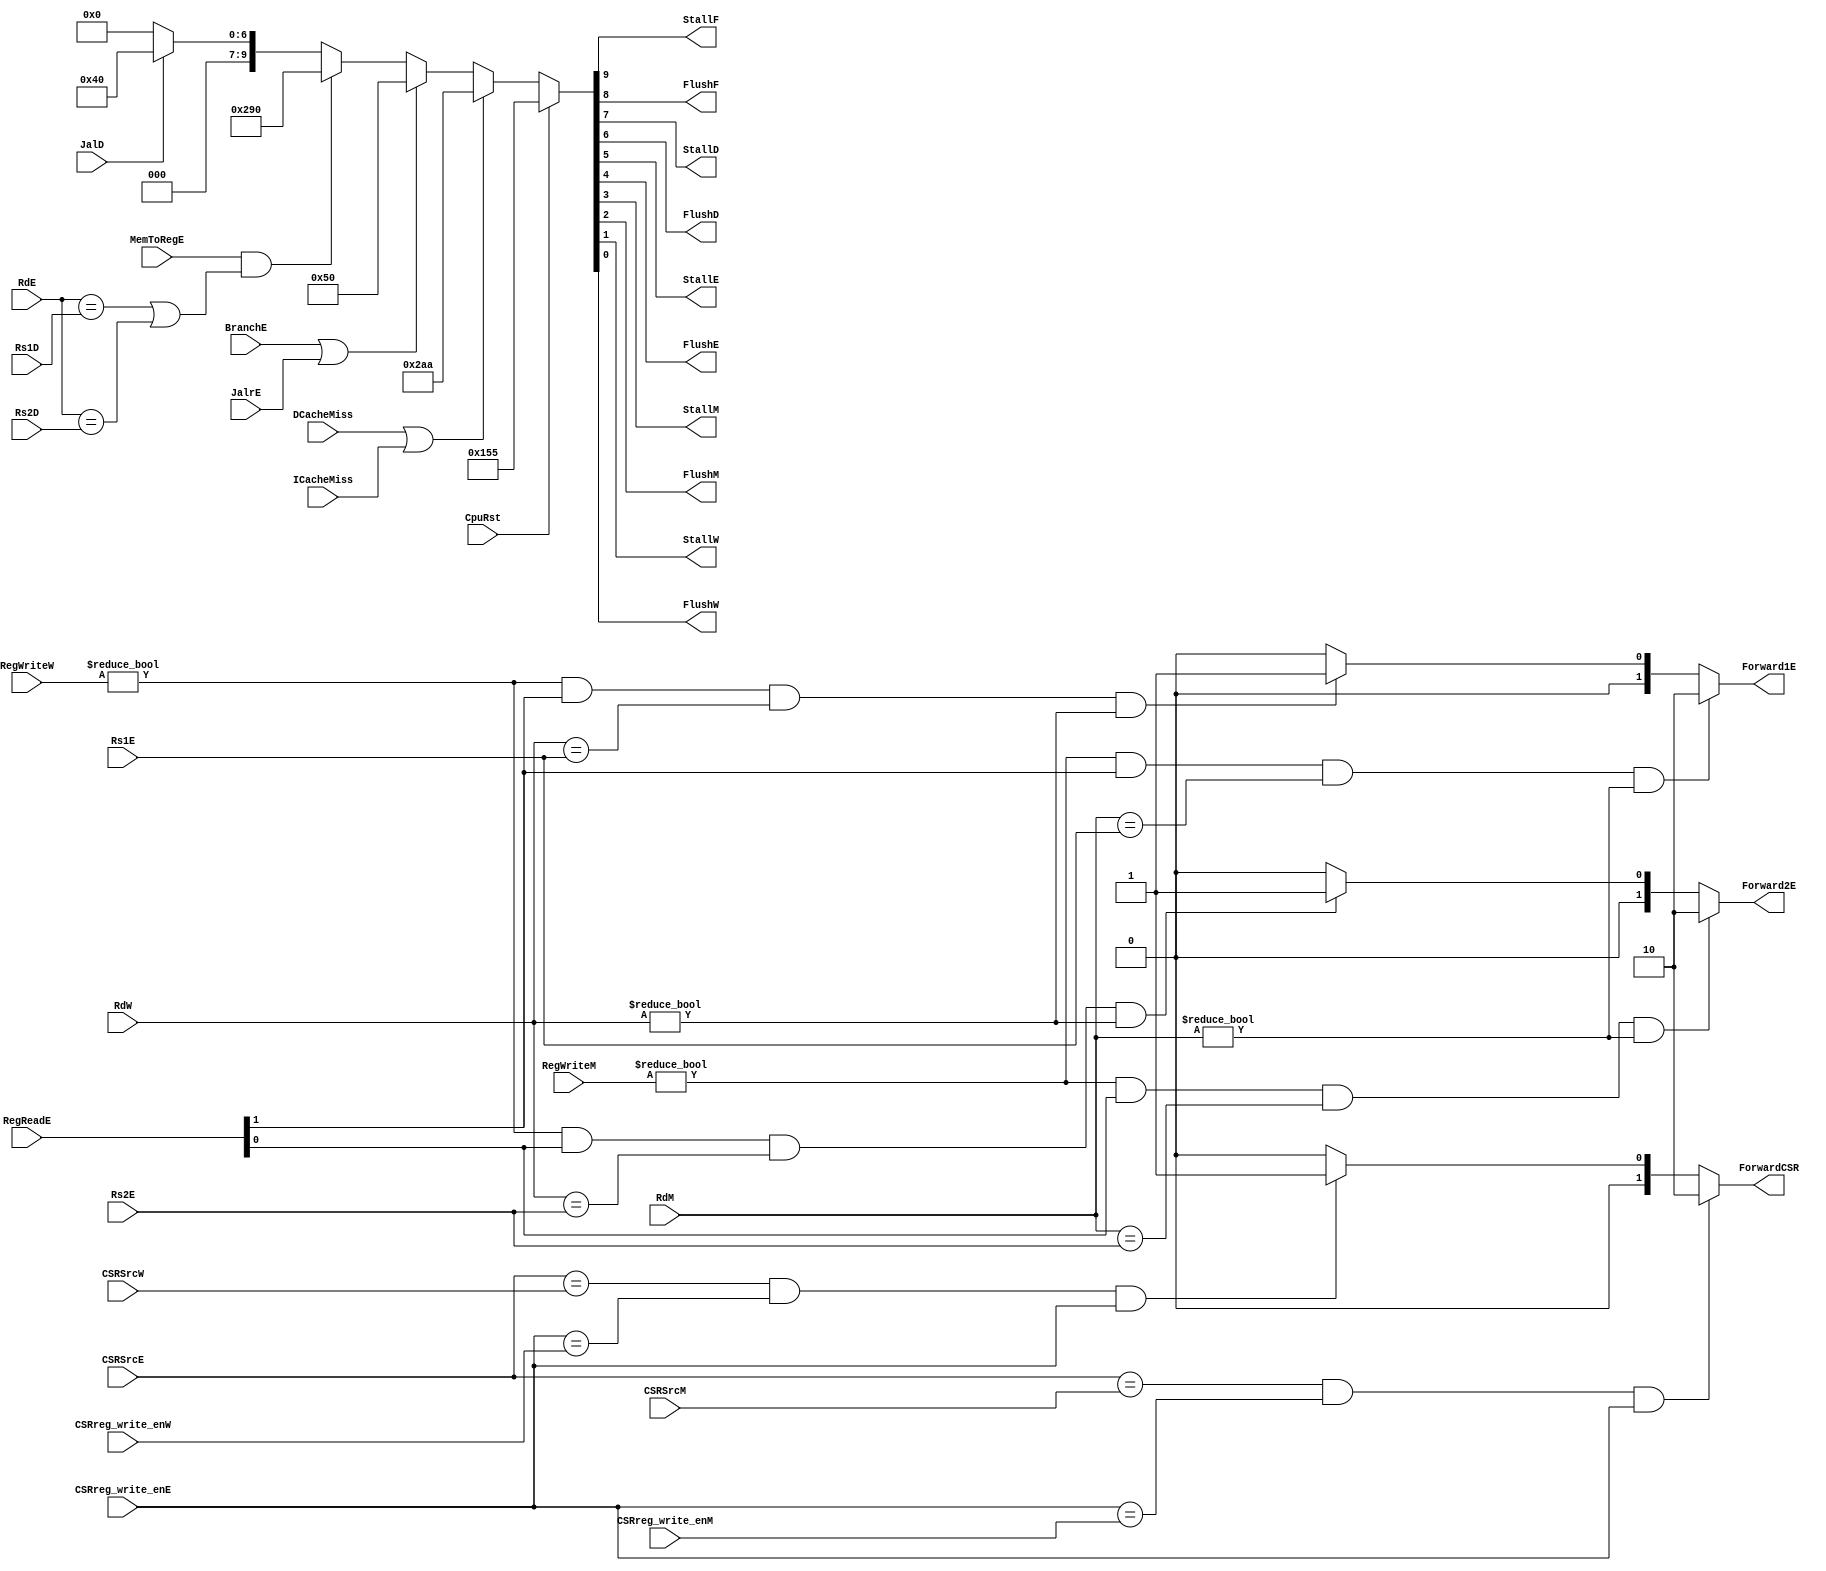
`timescale 1ns / 1ps 
//////////////////////////////////////////////////////////////////////////////////
// Company: USTC ESLAB
//
// Design Name: RISCV-Pipline CPU
// Module Name: HarzardUnit
// Target Devices: Nexys4
// Tool Versions: Vivado 2017.4.1
// Description: Deal with harzards in pipline
//////////////////////////////////////////////////////////////////////////////////
//
//HarzardUnitforward?
//??CPUforwardstallflush
//
//CpuRst                                    CPUCpuRst==1CPUflushCpu_Rst==0cpu??
//ICacheMiss, DCacheMiss                    cache miss
//BranchE, JalrE, JalD                      
//Rs1D, Rs2D, Rs1E, Rs2E, RdE, RdM, RdW     ?1?2
//RegReadE RegReadD[1]==1                   A1RegReadD[0]==1A2forward?
//RegWriteM, RegWriteW                      RegWrite!=3'b0?
//MemToRegE                                 Ex? Data Memory
//
//StallF, FlushF, StallD, FlushD, StallE, FlushE, StallM, FlushM, StallW, FlushW    stallflush
//Forward1E, Forward2E                                                              forward
//
//


module HarzardUnit(
           input wire CpuRst, ICacheMiss, DCacheMiss,
           input wire BranchE, JalrE, JalD,
           input wire [4: 0] Rs1D, Rs2D, Rs1E, Rs2E, RdE, RdM, RdW,
           input wire [1: 0] RegReadE,
           input wire MemToRegE,
           input wire [2: 0] RegWriteM, RegWriteW,
           output reg StallF, FlushF, StallD, FlushD, StallE, FlushE, StallM, FlushM, StallW, FlushW,
           output reg [1: 0] Forward1E, Forward2E,
           input wire CSRreg_write_enM, CSRreg_write_enW, CSRreg_write_enE,
           input wire [11: 0] CSRSrcM, CSRSrcW, CSRSrcE,
           output reg [1: 0] ForwardCSR
       );

always @ ( * )
    if (CpuRst)
        {StallF, FlushF, StallD, FlushD, StallE, FlushE, StallM, FlushM, StallW, FlushW} <= 10'b0101010101;
    else if (DCacheMiss | ICacheMiss)
        {StallF, FlushF, StallD, FlushD, StallE, FlushE, StallM, FlushM, StallW, FlushW} <= 10'b1010101010;
    else if (BranchE | JalrE)
        {StallF, FlushF, StallD, FlushD, StallE, FlushE, StallM, FlushM, StallW, FlushW} <= 10'b0001010000;
    else if (MemToRegE & ((RdE == Rs1D) || (RdE == Rs2D)) )
        {StallF, FlushF, StallD, FlushD, StallE, FlushE, StallM, FlushM, StallW, FlushW} <= 10'b1010010000;
    else if (JalD)
        {StallF, FlushF, StallD, FlushD, StallE, FlushE, StallM, FlushM, StallW, FlushW} <= 10'b0001000000;
    else
        {StallF, FlushF, StallD, FlushD, StallE, FlushE, StallM, FlushM, StallW, FlushW} <= 10'b0000000000;

always@( * )begin
    if ( (RegWriteM != 3'b0) && (RegReadE[1] != 0) && (RdM == Rs1E) && (RdM != 5'b0) )
        Forward1E <= 2'b10;
    else if ( (RegWriteW != 3'b0) && (RegReadE[1] != 0) && (RdW == Rs1E) && (RdW != 5'b0) )
        Forward1E <= 2'b01;
    else
        Forward1E <= 2'b00;
end

always@( * )begin
    if ( (RegWriteM != 3'b0) && (RegReadE[0] != 0) && (RdM == Rs2E) && (RdM != 5'b0) )
        Forward2E <= 2'b10;
    else if ( (RegWriteW != 3'b0) && (RegReadE[0] != 0) && (RdW == Rs2E) && (RdW != 5'b0) )
        Forward2E <= 2'b01;
    else
        Forward2E <= 2'b00;
end
always @( * ) begin
    if ((CSRSrcE == CSRSrcM) && (CSRreg_write_enE == CSRreg_write_enM) && (CSRreg_write_enE))
    begin
        ForwardCSR <= 2'b10;

    end
    else if ((CSRSrcE == CSRSrcW) && (CSRreg_write_enE == CSRreg_write_enW) && (CSRreg_write_enE))
    begin
        ForwardCSR <= 2'b01 ;
    end
    else
    begin
        ForwardCSR <= 2'b00 ;
    end
end
endmodule